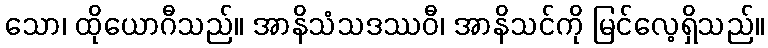
သော၊ ထိုယောဂီသည်။ အာနိသံသဒဿဝီ၊ အာနိသင်ကို မြင်လေ့ရှိသည်။